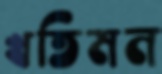
খতিমন